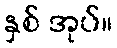
နှစ် အုပ်။